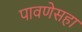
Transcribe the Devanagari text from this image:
पावणेसहा